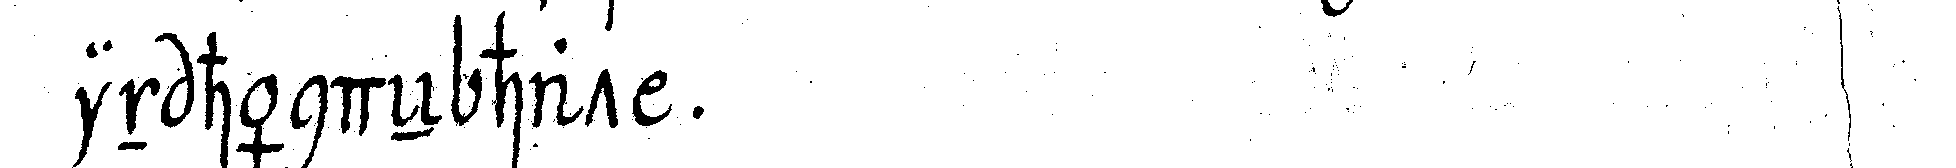
in händeN hat .